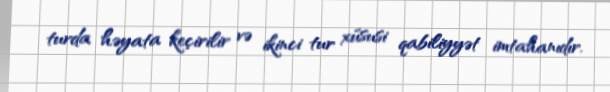
turda həyata keçirilir və ikinci tur xüsusi qabiliyyət imtahanıdır.